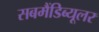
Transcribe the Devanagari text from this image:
सबमैंडिब्यूलर